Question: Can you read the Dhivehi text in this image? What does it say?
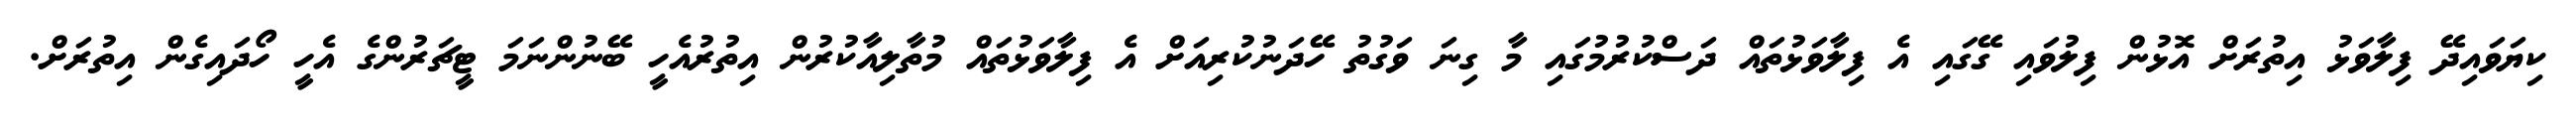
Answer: ކިޔަވައިދޭ ފިލާވަޅު އިތުރަށް އޮޅުން ފިލުވައި ގޭގައި އެ ފިލާވަޅުތައް ދަސްކުރުމުގައި މާ ގިނަ ވަގުތު ހޭދަނުކުރިއަށް އެ ފިލާވަޅުތައް މުތާލިއާކުރުން އިތުރުއެހީ ބޭނުންނަމަ ޓީޗަރުންގެ އެހީ ހޯދައިގެން އިތުރަށް.